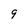
Character: 9